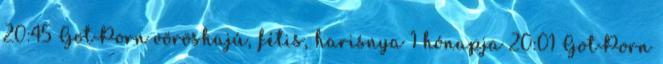
20:45 GotPorn vöröshajú, fétis, harisnya 1 hónapja 20:01 GotPorn